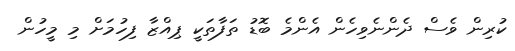
ކުރިން ވެސް ދެންނެވިހެން އެންމެ ބޮޑު ތަފާތަކީ ޕިއްޒާ ފިހުމަށް މި މީހުން